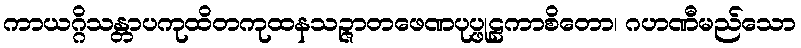
ကာယဂ္ဂိသန္တာပကုထိတကုထနသဉ္ဇာတဖေဏပုပ္ဖုဠကာစိတော၊ ဂဟဏီမည်သော